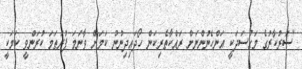
"ސަރުކާރުގެ މަގްސަދަކީ އަންހެނުންނަށް ރައްކާތެރިކަން ހޯދައިދިނުން ކަމަށް ވާނަމަ ފުރަތަމަ ކުރަންވީ ކަމަކީ